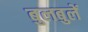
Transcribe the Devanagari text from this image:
बुलबुलें